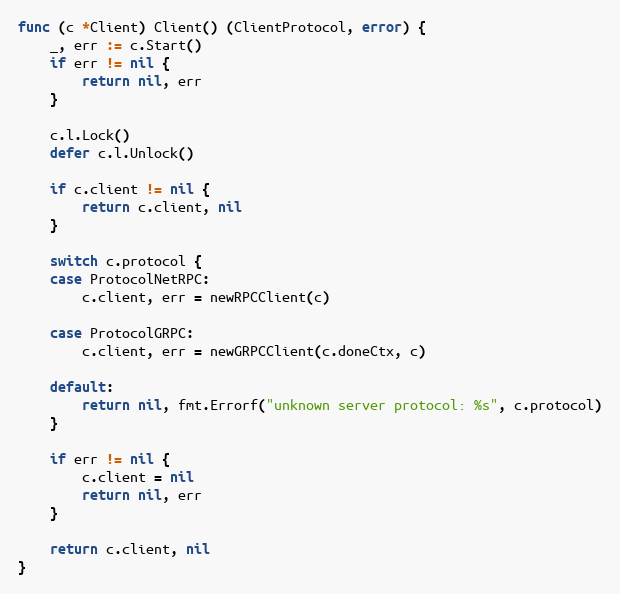
Language: Go
func (c *Client) Client() (ClientProtocol, error) {
	_, err := c.Start()
	if err != nil {
		return nil, err
	}

	c.l.Lock()
	defer c.l.Unlock()

	if c.client != nil {
		return c.client, nil
	}

	switch c.protocol {
	case ProtocolNetRPC:
		c.client, err = newRPCClient(c)

	case ProtocolGRPC:
		c.client, err = newGRPCClient(c.doneCtx, c)

	default:
		return nil, fmt.Errorf("unknown server protocol: %s", c.protocol)
	}

	if err != nil {
		c.client = nil
		return nil, err
	}

	return c.client, nil
}